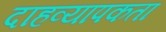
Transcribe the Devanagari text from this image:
दाहव्यापकता